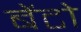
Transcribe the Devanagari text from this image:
बेंटो